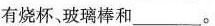
有烧杯、玻璃棒和___。